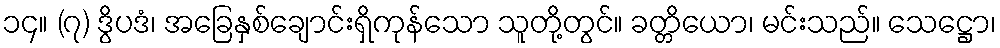
၁၄။ (၇) ဒွိပဒံ၊ အခြေနှစ်ချောင်းရှိကုန်သော သူတို့တွင်။ ခတ္တိယော၊ မင်းသည်။ သေဋ္ဌော၊